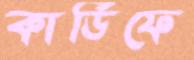
কার্ডিফে